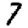
Digit: 7